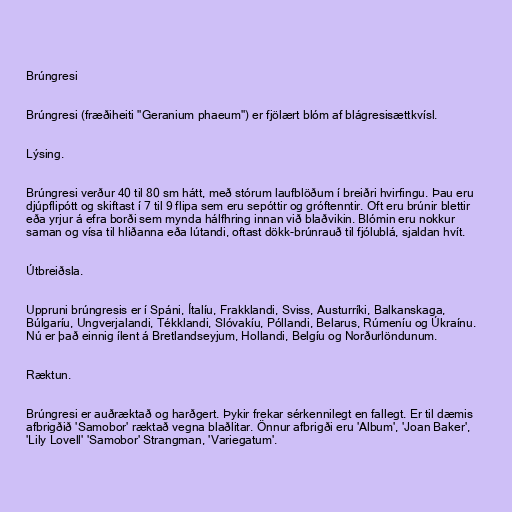
Brúngresi

Brúngresi (fræðiheiti "Geranium phaeum") er fjölært blóm af blágresisættkvísl.

Lýsing.

Brúngresi verður 40 til 80 sm hátt, með stórum laufblöðum í breiðri hvirfingu. Þau eru
djúpflipótt og skiftast í 7 til 9 flipa sem eru sepóttir og gróftenntir. Oft eru brúnir blettir
eða yrjur á efra borði sem mynda hálfhring innan við blaðvikin. Blómin eru nokkur
saman og vísa til hliðanna eða lútandi, oftast dökk-brúnrauð til fjólublá, sjaldan hvít.

Útbreiðsla.

Uppruni brúngresis er í Spáni, Ítalíu, Frakklandi, Sviss, Austurríki, Balkanskaga,
Búlgaríu, Ungverjalandi, Tékklandi, Slóvakíu, Póllandi, Belarus, Rúmeníu og Úkraínu.
Nú er það einnig ílent á Bretlandseyjum, Hollandi, Belgíu og Norðurlöndunum.

Ræktun.

Brúngresi er auðræktað og harðgert. Þykir frekar sérkennilegt en fallegt. Er til dæmis
afbrigðið 'Samobor' ræktað vegna blaðlitar. Önnur afbrigði eru 'Album', 'Joan Baker',
'Lily Lovell' 'Samobor' Strangman, 'Variegatum'.